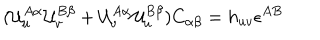
( { \cal U } _ { u } ^ { A \alpha } { \cal U } _ { v } ^ { B \beta } + { \cal U } _ { v } ^ { A \alpha } { \cal U } _ { u } ^ { B \beta } ) C _ { \alpha \beta } = h _ { u v } \epsilon ^ { A B }